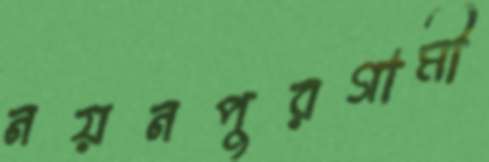
নয়নপুরগামী